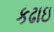
કઢાઇ